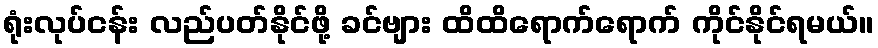
ရုံးလုပ်ငန်း လည်ပတ်နိုင်ဖို့ ခင်ဗျား ထိထိရောက်ရောက် ကိုင်နိုင်ရမယ်။